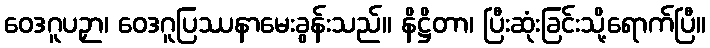
ဝေဒဂူပဉှာ၊ ဝေဒဂူပြဿနာမေးခွန်းသည်။ နိဋ္ဌိတာ၊ ပြီးဆုံးခြင်းသို့ရောက်ပြီ။